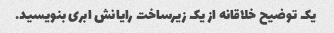
یک توضیح خلاقانه از یک زیرساخت رایانش ابری بنویسید.